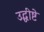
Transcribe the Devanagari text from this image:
उद्धीष्टे